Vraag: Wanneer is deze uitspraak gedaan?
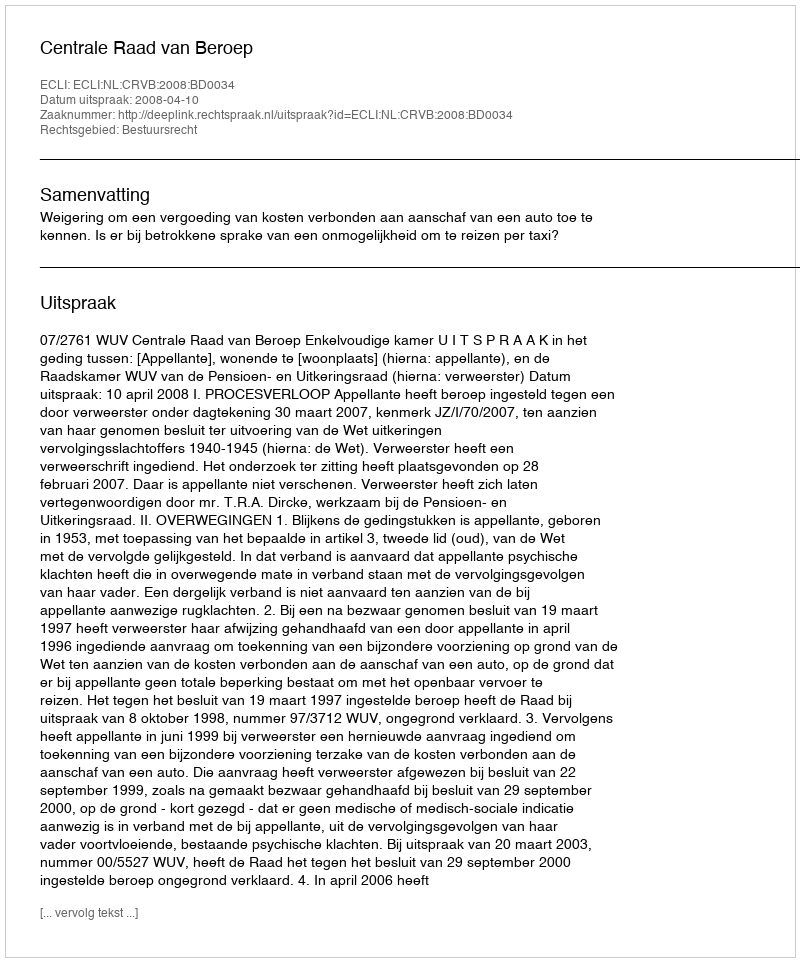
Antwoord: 2008-04-10